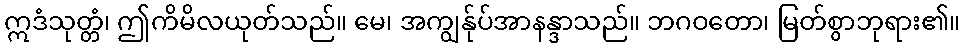
ဣဒံသုတ္တံ၊ ဤကိမိလယုတ်သည်။ မေ၊ အကျွန်ုပ်အာနန္ဒာသည်။ ဘဂဝတော၊ မြတ်စွာဘုရား၏။